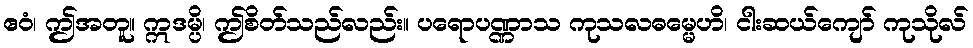
ဧဝံ၊ ဤအတူ။ ဣဒမ္ပိ၊ ဤစိတ်သည်လည်း။ ပရောပဏ္ဏာသ ကုသလဓမ္မေဟိ၊ ငါးဆယ်ကျော် ကုသိုလ်